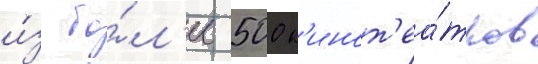
и́з бо́л'ее 500 к'инот'еа́тров